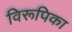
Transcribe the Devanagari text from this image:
विरूपिका